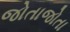
જોતાજોતા